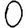
Digit: 0